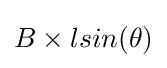
B\times lsin(\theta )